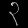
Digit: ၃